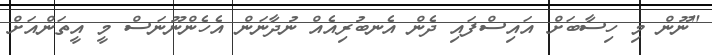
"ނޫން މި ހިސާބަށް އައިސްފައި ދެން އެނބުރިއެއް ނުދާނަން އެހެންނޫނަސް މީ އީތަންއަށް